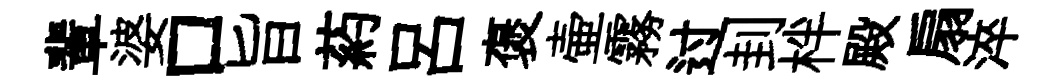
輩婆口旨葯呂褒壷霧过刲柈殿扇淬